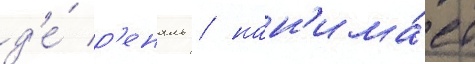
д'е́ р'еналь / нан'има́ет